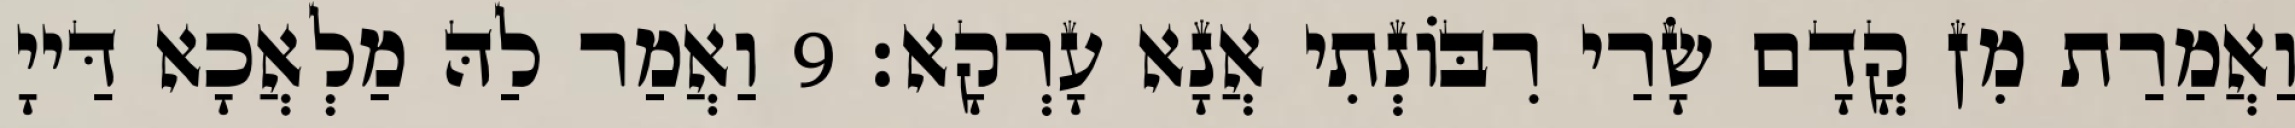
וַאֲמַרַת מִן קֳדָם שָׂרַי רִבּוֹנְתִי אֲנָא עָרְקָא׃ 9 וַאֲמַר לַהּ מַלְאֲכָא דַּייָ